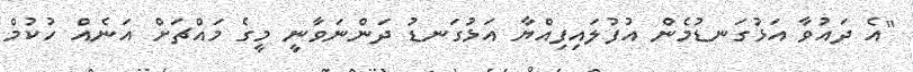
"އެ ދައުވާ އަޅުގަނޑުމެން އުފުލައިފިއްޔާ އަޅުގަނޑު ދަންނަވާނީ މީގެ މައްޗަށް އަނެއް ހުކުމް